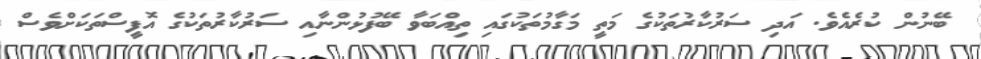
ބޭނުން ކުރެއެވެ. އަދި ސަރުކާރުތަކުގެ މަތީ މަގާމުތަކުގައި ތިއްބަވާ ބޭފުޅުންނާއި ސަރުކާރުތަކުގެ އޮފީސްތަކަށްވެސް